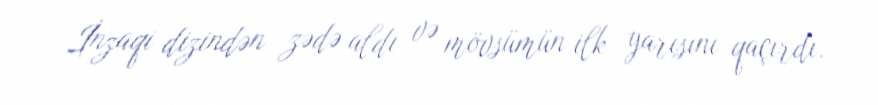
İnzaqi dizindən zədə aldı və mövsümün ilk yarısını qaçırdı.